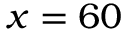
x = 6 0